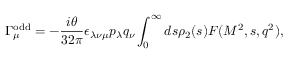
\Gamma _ { \mu } ^ { \mathrm { o d d } } = - { \frac { i \theta } { 3 2 \pi } } \epsilon _ { \lambda \nu \mu } p _ { \lambda } q _ { \nu } \int _ { 0 } ^ { \infty } d s \rho _ { 2 } ( s ) F ( M ^ { 2 } , s , q ^ { 2 } ) ,